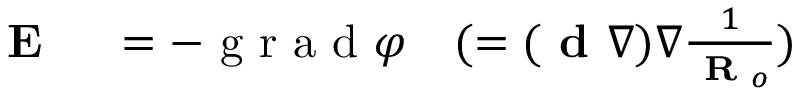
\begin{array} { r l } { \textbf { E } } & { { } = - \textrm { g r a d } \varphi \quad ( = ( \textbf { d } \nabla ) \nabla \frac { 1 } { \textbf { R } _ { o } } ) } \end{array}